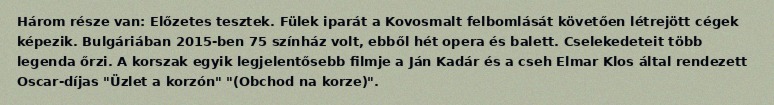
Három része van: Előzetes tesztek. Fülek iparát a Kovosmalt felbomlását követően létrejött cégek képezik. Bulgáriában 2015-ben 75 színház volt, ebből hét opera és balett. Cselekedeteit több legenda őrzi. A korszak egyik legjelentősebb filmje a Ján Kadár és a cseh Elmar Klos által rendezett Oscar-díjas "Üzlet a korzón" "(Obchod na korze)".